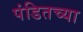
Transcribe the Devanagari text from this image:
पंडितच्या